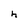
Character: h